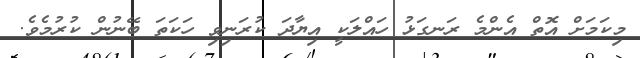
މިކަމަށް އޮތް އެންމެ ރަނގަޅު ހައްލަކީ އިޔާދަ ކުރަނިވި ހަކަތަ ބޭނުން ކުރުމެވެ.